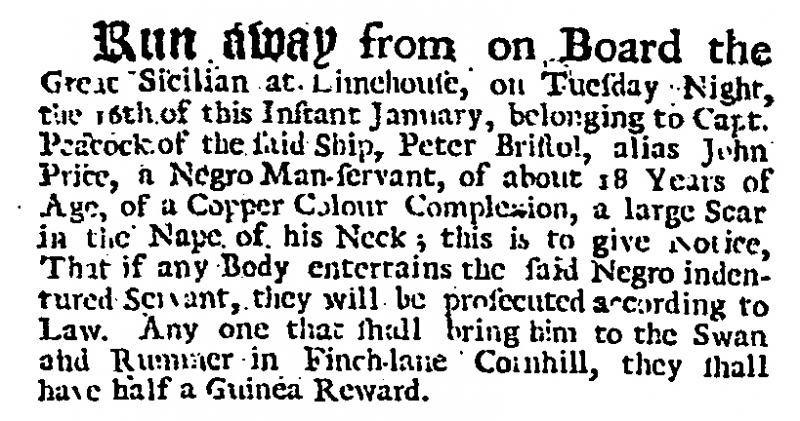
Daily Journal, 24 January 1728 (England)
Run away from on Board the Great Sicilian at Limehouse, on Tuesday Night, the 16th of this Instant January, belonging to Capt. Peacock of the said Ship, Peter Bristol, alias John Price, a Negro Man-servant, of about 18 Years of Age, of a Copper Colour Complexion, a large Scar in the Nape of his Neck; this is to give Notice, That if any Body entertains the said Negro indentured Servant, they will be prosecuted according to Law. Any one that shall bring him to the Swan and Rummer in Finch-lane Cornhill, they shall have half a Guinea Reward.